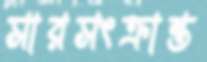
সারসংক্রান্ত